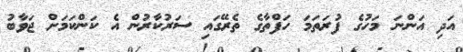
އަދި އަންނަ މަހުގެ ފުރަތަމަ ހަފްތާގެ ތެރޭގައި ސަރުކާރުން އެ ކަންކަމަށް ޖަވާބު